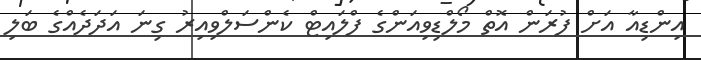
އިންޑިއާ އަށް ފުރަން އޮތް މޯލްޑިވިއަންގެ ފްލައިޓް ކެންސަލްވިއިރު ގިނަ އަދަދެއްގެ ބަލި